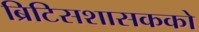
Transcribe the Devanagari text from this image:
ब्रिटिसशासकको